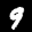
Label: 9